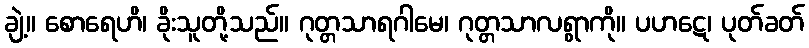
ချဲ့။ စောရေဟိ၊ ခိုးသူတို့သည်။ ဂုတ္တသာရဂါမေ၊ ဂုတ္တသာလရွာကို။ ပဟဋေ၊ ပုတ်ခတ်